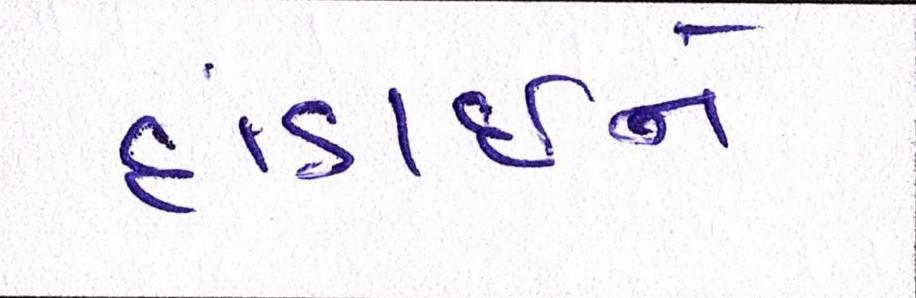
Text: દાંડાઈને